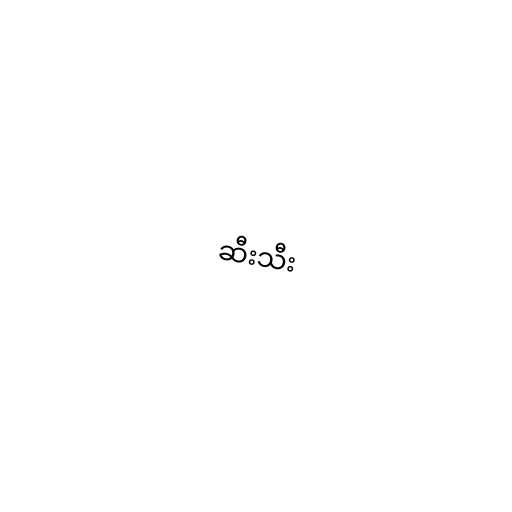
ဆီးသီး